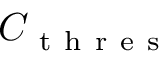
C _ { \mathrm { ~ t ~ h ~ r ~ e ~ s ~ } }